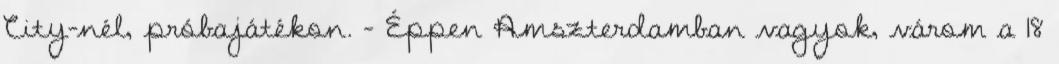
City-nél, próbajátékon. – Éppen Amszterdamban vagyok, várom a 18